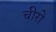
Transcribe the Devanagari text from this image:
चीरो